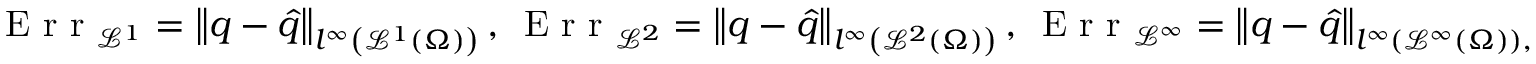
\textrm { E r r } _ { \mathcal { L } ^ { 1 } } = \left\| q - \hat { q } \right\| _ { l ^ { \infty } \left( \mathcal { L } ^ { 1 } ( \Omega ) \right) } , \, \textrm { E r r } _ { \mathcal { L } ^ { 2 } } = \left\| q - \hat { q } \right\| _ { l ^ { \infty } \left( \mathcal { L } ^ { 2 } ( \Omega ) \right) } , \, \textrm { E r r } _ { \mathcal { L } ^ { \infty } } = \left\| q - \hat { q } \right\| _ { l ^ { \infty } \left( \mathcal { L } ^ { \infty } ( \Omega ) \right) , }